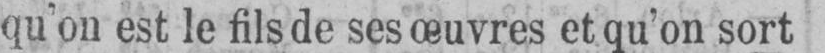
qu’on est le fils de ses œuvres et qu’on sort